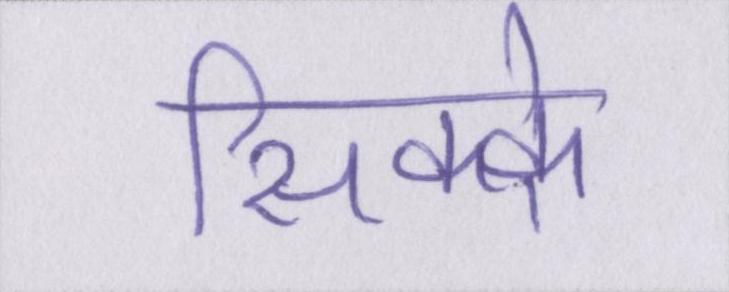
सिक्के